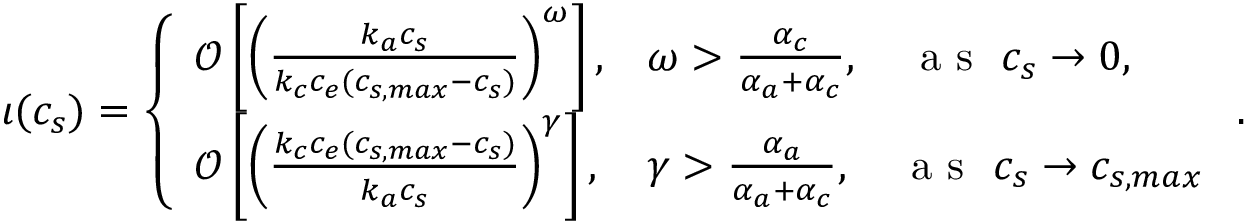
\iota ( c _ { s } ) = \left\{ \begin{array} { l l } { \mathcal { O } \left[ \left( \frac { k _ { a } c _ { s } } { k _ { c } c _ { e } ( c _ { s , m a x } - c _ { s } ) } \right) ^ { \omega } \right] , } & { \omega > \frac { \alpha _ { c } } { \alpha _ { a } + \alpha _ { c } } , \quad \textrm { a s } \ c _ { s } \to 0 , } \\ { \mathcal { O } \left[ \left( \frac { k _ { c } c _ { e } ( c _ { s , m a x } - c _ { s } ) } { k _ { a } c _ { s } } \right) ^ { \gamma } \right] , } & { \gamma > \frac { \alpha _ { a } } { \alpha _ { a } + \alpha _ { c } } , \quad \textrm { a s } \ c _ { s } \to c _ { s , m a x } } \end{array} \right. .